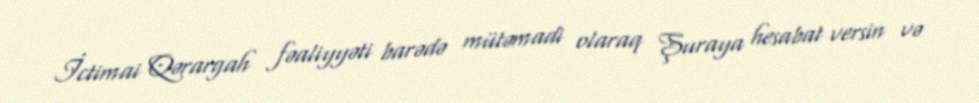
İctimai Qərargah fəaliyyəti barədə mütəmadi olaraq Şuraya hesabat versin və